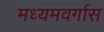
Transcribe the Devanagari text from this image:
मध्यमवर्गास